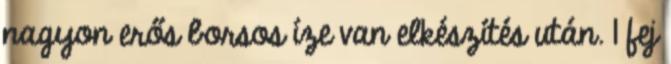
nagyon erős borsos íze van elkészítés után. 1 fej